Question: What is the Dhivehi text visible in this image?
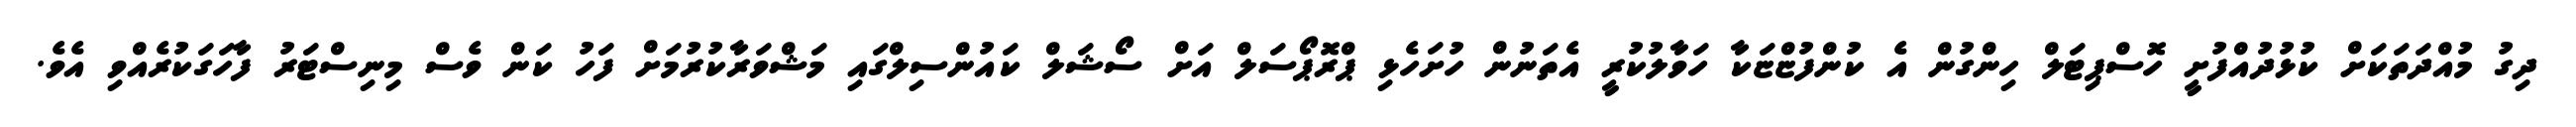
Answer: ދިގު މުއްދަތަކަށް ކުޅުދުއްފުށީ ހޮސްޕިޓަލް ހިންގުން އެ ކުންފުޏްޏަކާ ހަވާލުކުރީ އެތަނުން ހުށަހެޅި ޕްރޮޕޯސަލް އަށް ސޯޝަލް ކައުންސިލްގައި މަޝްވަރާކުރުމަށް ފަހު ކަން ވެސް މިނިސްޓަރު ފާހަގަކުރެއްވި އެވެ.